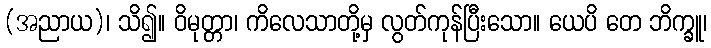
(အညာယ)၊ သိ၍။ ဝိမုတ္တာ၊ ကိလေသာတို့မှ လွတ်ကုန်ပြီးသော။ ယေပိ တေ ဘိက္ခူ၊